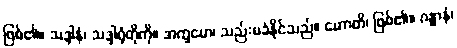
ဖြစ်၏။ သဒ္ဒါနံ၊ သဒ္ဒါရုံတိုကို။ အက္ခမော၊ သည်းမခံနိုင်သည်။ ဟောတိ၊ ဖြစ်၏။ ဂန္ဓာနံ၊